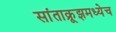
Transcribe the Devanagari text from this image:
सांताक्रूझमध्येच